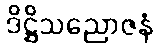
ဒိဋ္ဌိသညောဇနံ